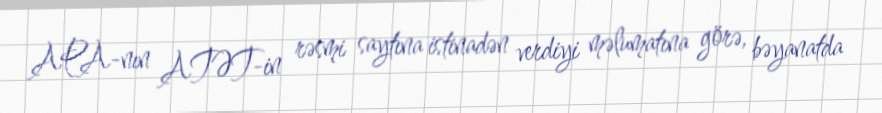
APA-nın ATƏT-in rəsmi saytına istinadən verdiyi məlumatına görə, bəyanatda